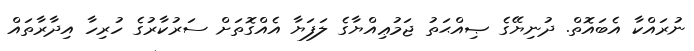
ނުރައްކާ އެބައޮތް. ދުނިޔޭގެ ޞިއްޙަތު ޖަމުޢިއްޔާގެ ލަފަޔާ އެއްގޮތަށް ސަރުކާރުގެ ހުރިހާ އިދާރާތައް